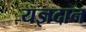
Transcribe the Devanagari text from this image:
यज्ञदान